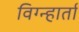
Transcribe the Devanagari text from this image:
विग्न्हार्ता